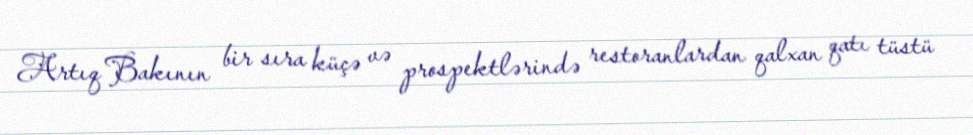
Artıq Bakının bir sıra küçə və prospektlərində restoranlardan qalxan qatı tüstü